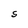
Character: S